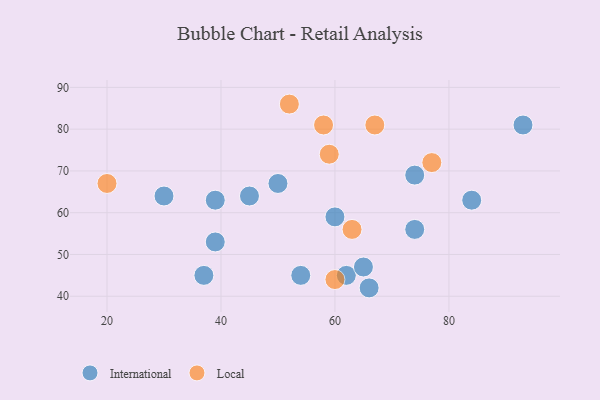
{"axis": {"x": "GDP", "y": "Life Expectancy"}, "legend": ["International", "Local"], "data": [{"x": "62", "y": 45, "type": "International"}, {"x": "65", "y": 47, "type": "International"}, {"x": "84", "y": 63, "type": "International"}, {"x": "74", "y": 69, "type": "International"}, {"x": "30", "y": 64, "type": "International"}, {"x": "93", "y": 81, "type": "International"}, {"x": "74", "y": 56, "type": "International"}, {"x": "39", "y": 53, "type": "International"}, {"x": "54", "y": 45, "type": "International"}, {"x": "50", "y": 67, "type": "International"}, {"x": "66", "y": 42, "type": "International"}, {"x": "60", "y": 59, "type": "International"}, {"x": "37", "y": 45, "type": "International"}, {"x": "39", "y": 63, "type": "International"}, {"x": "45", "y": 64, "type": "International"}, {"x": "52", "y": 86, "type": "Local"}, {"x": "63", "y": 56, "type": "Local"}, {"x": "60", "y": 44, "type": "Local"}, {"x": "67", "y": 81, "type": "Local"}, {"x": "77", "y": 72, "type": "Local"}, {"x": "58", "y": 81, "type": "Local"}, {"x": "59", "y": 74, "type": "Local"}, {"x": "20", "y": 67, "type": "Local"}]}